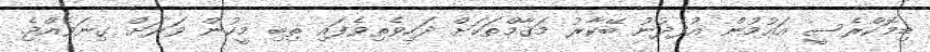
ޑިމޮކްރެސީ އައުމުން އުފެދުނު ބޭކާރު މަޤާމްތަކަށް ދަހިވެތިވެފައި ތިބި މީހުން ވަރަށް ގިނަވެއްޖެ.